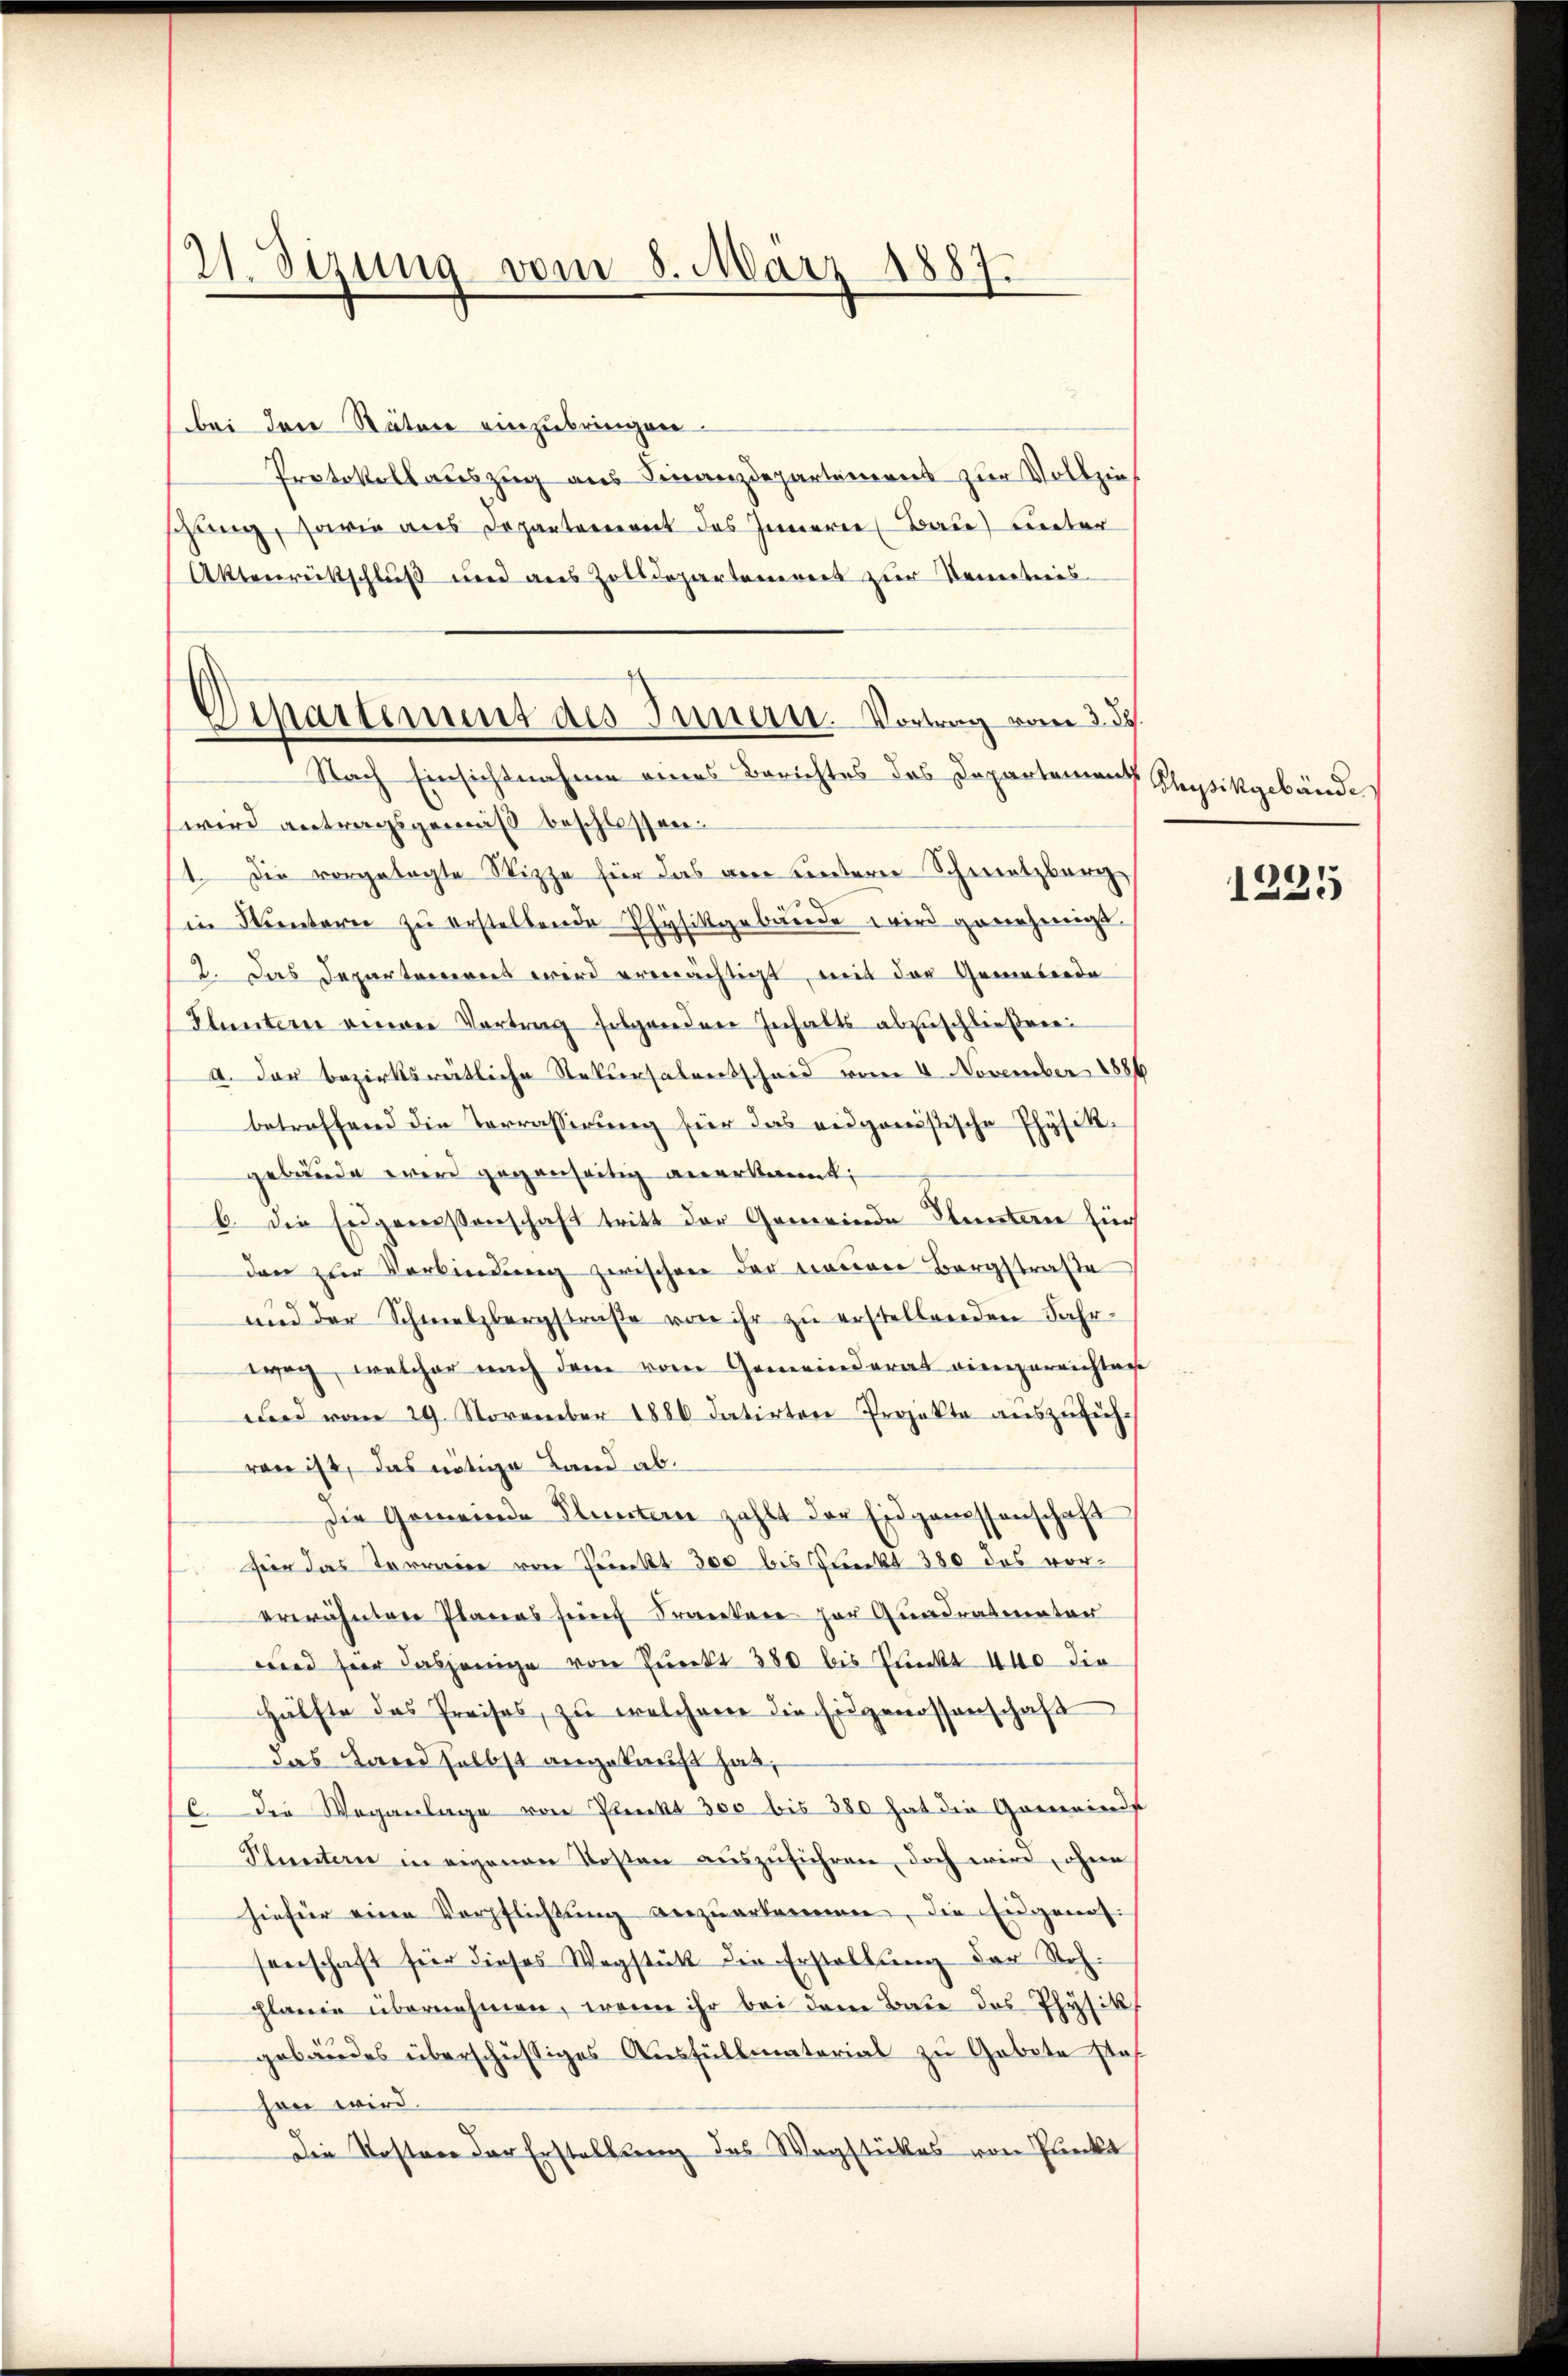
21. Sizung vom 8. März 1887.

Dipartement des Innen. Vortrag vom 2. d.

bei den Statore einzubringen.
Protokollauszug aus Finanzdepartement zur Vollzieschung, sowie aus Departement des Innere Baue unter
Aktenrückschluß und aus Zolldepartanereit zur Seiteres
Nach Einsichtnahme eines Berichtes des Departement Repsikgebände
wird antragsgemäß beschlossen.
1. Die vorgelegte Wizze für das an untern Schmelzberg
in Hintern zŭ erstellende Physikgebäude wird genehmigt.
2. Das Departeniret wird ermächtigt, mit der Gemeierda
Fluntern einen Vortrag folgenden Inhalts abzuschließeren
a. der bezirksrätliche Rekursalentscheid vom 6 November 1886
betreffend die Vorrässerung für das eidgonistische Physikgebäude wird gegenseitig anerkannt;
b. die Engeressenschaft tritt der Gemeinde Fluntern für
den zur Verbindung zwischen der neuen Bergstraße
1
und der Schmelzbergstraβe von ihr zŭ erstellenden Fahr-
weg, welcher nach dem vom Gemeinderat eingereichten
und vom 29. November 1880 datirten Projekte auszufühvon ist, das nötige Land ab¬
Die Gemeinde Fluntern zahlt der Eidgenossenschaft
 Hier das Torreise von Punkt 300 bis Punkt 380 das vorerwähntere Planers für Franker zur Quadratmater
wird hier dasjenige von Direkt 380 bis Plückt 440 die
Hälfte des Preises, zu welchem die Eidgenossenschaft
das Land selbst angekauft hat,
E. Die Weganlage von Plenkt 300 bis 380 hat die Gemeinds
Planten in eigenen Kosten aŭszŭführen, doch wird, ohne
hiefür einen Verpflichtung anzuerkammen, die Eidgenos-
senschaft für dieses Wegstatt die Erstellŭng der Sohplanin übernehmen, wenn ihr bei dem Bade des Physik
gebäudes überschüssiges Ausfüllmatorial zu Gebote sta
hon wird.
Die Kosten der Erstellung des Wagstückes von Fleckt

1
122: